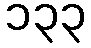
၁၃၃